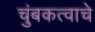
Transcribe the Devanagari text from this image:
चुंबकत्वाचे